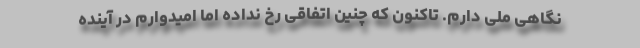
نگاهی ملی دارم. تاکنون که چنین اتفاقی رخ نداده اما امیدوارم در آینده